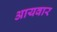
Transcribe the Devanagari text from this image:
आयवार